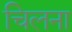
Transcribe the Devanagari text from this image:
चिलना